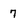
Character: 7